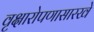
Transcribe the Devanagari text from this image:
वृक्षारोपणासारखे